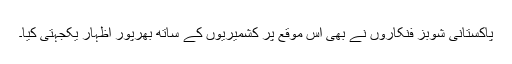
پاکستانی شوبز فنکاروں نے بھی اس موقع پر کشمیریوں کے ساتھ بھرپور اظہار یکجہتی کیا۔